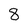
Character: 8